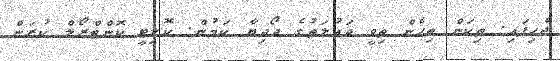
ޖެހިފައި. ތިކަން ތިހެން ތިވީ ދައުލަތުގެ ދޯދިޔާ ކަމުން. ކޮލިޓީ ކޮންޓްރޯލް ކުރަން